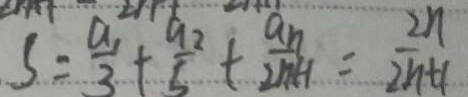
S = \frac { a _ { 1 } } { 3 } + \frac { a _ { 2 } } { 3 } + \frac { a _ { n } } { 2 n + 1 } = \frac { 2 n } { 2 n + 1 }